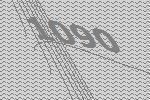
1090